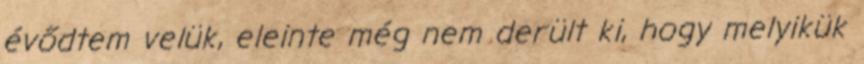
évődtem velük, eleinte még nem derült ki, hogy melyikük